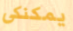
يمكنكى